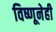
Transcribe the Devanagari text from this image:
विष्णूनेही